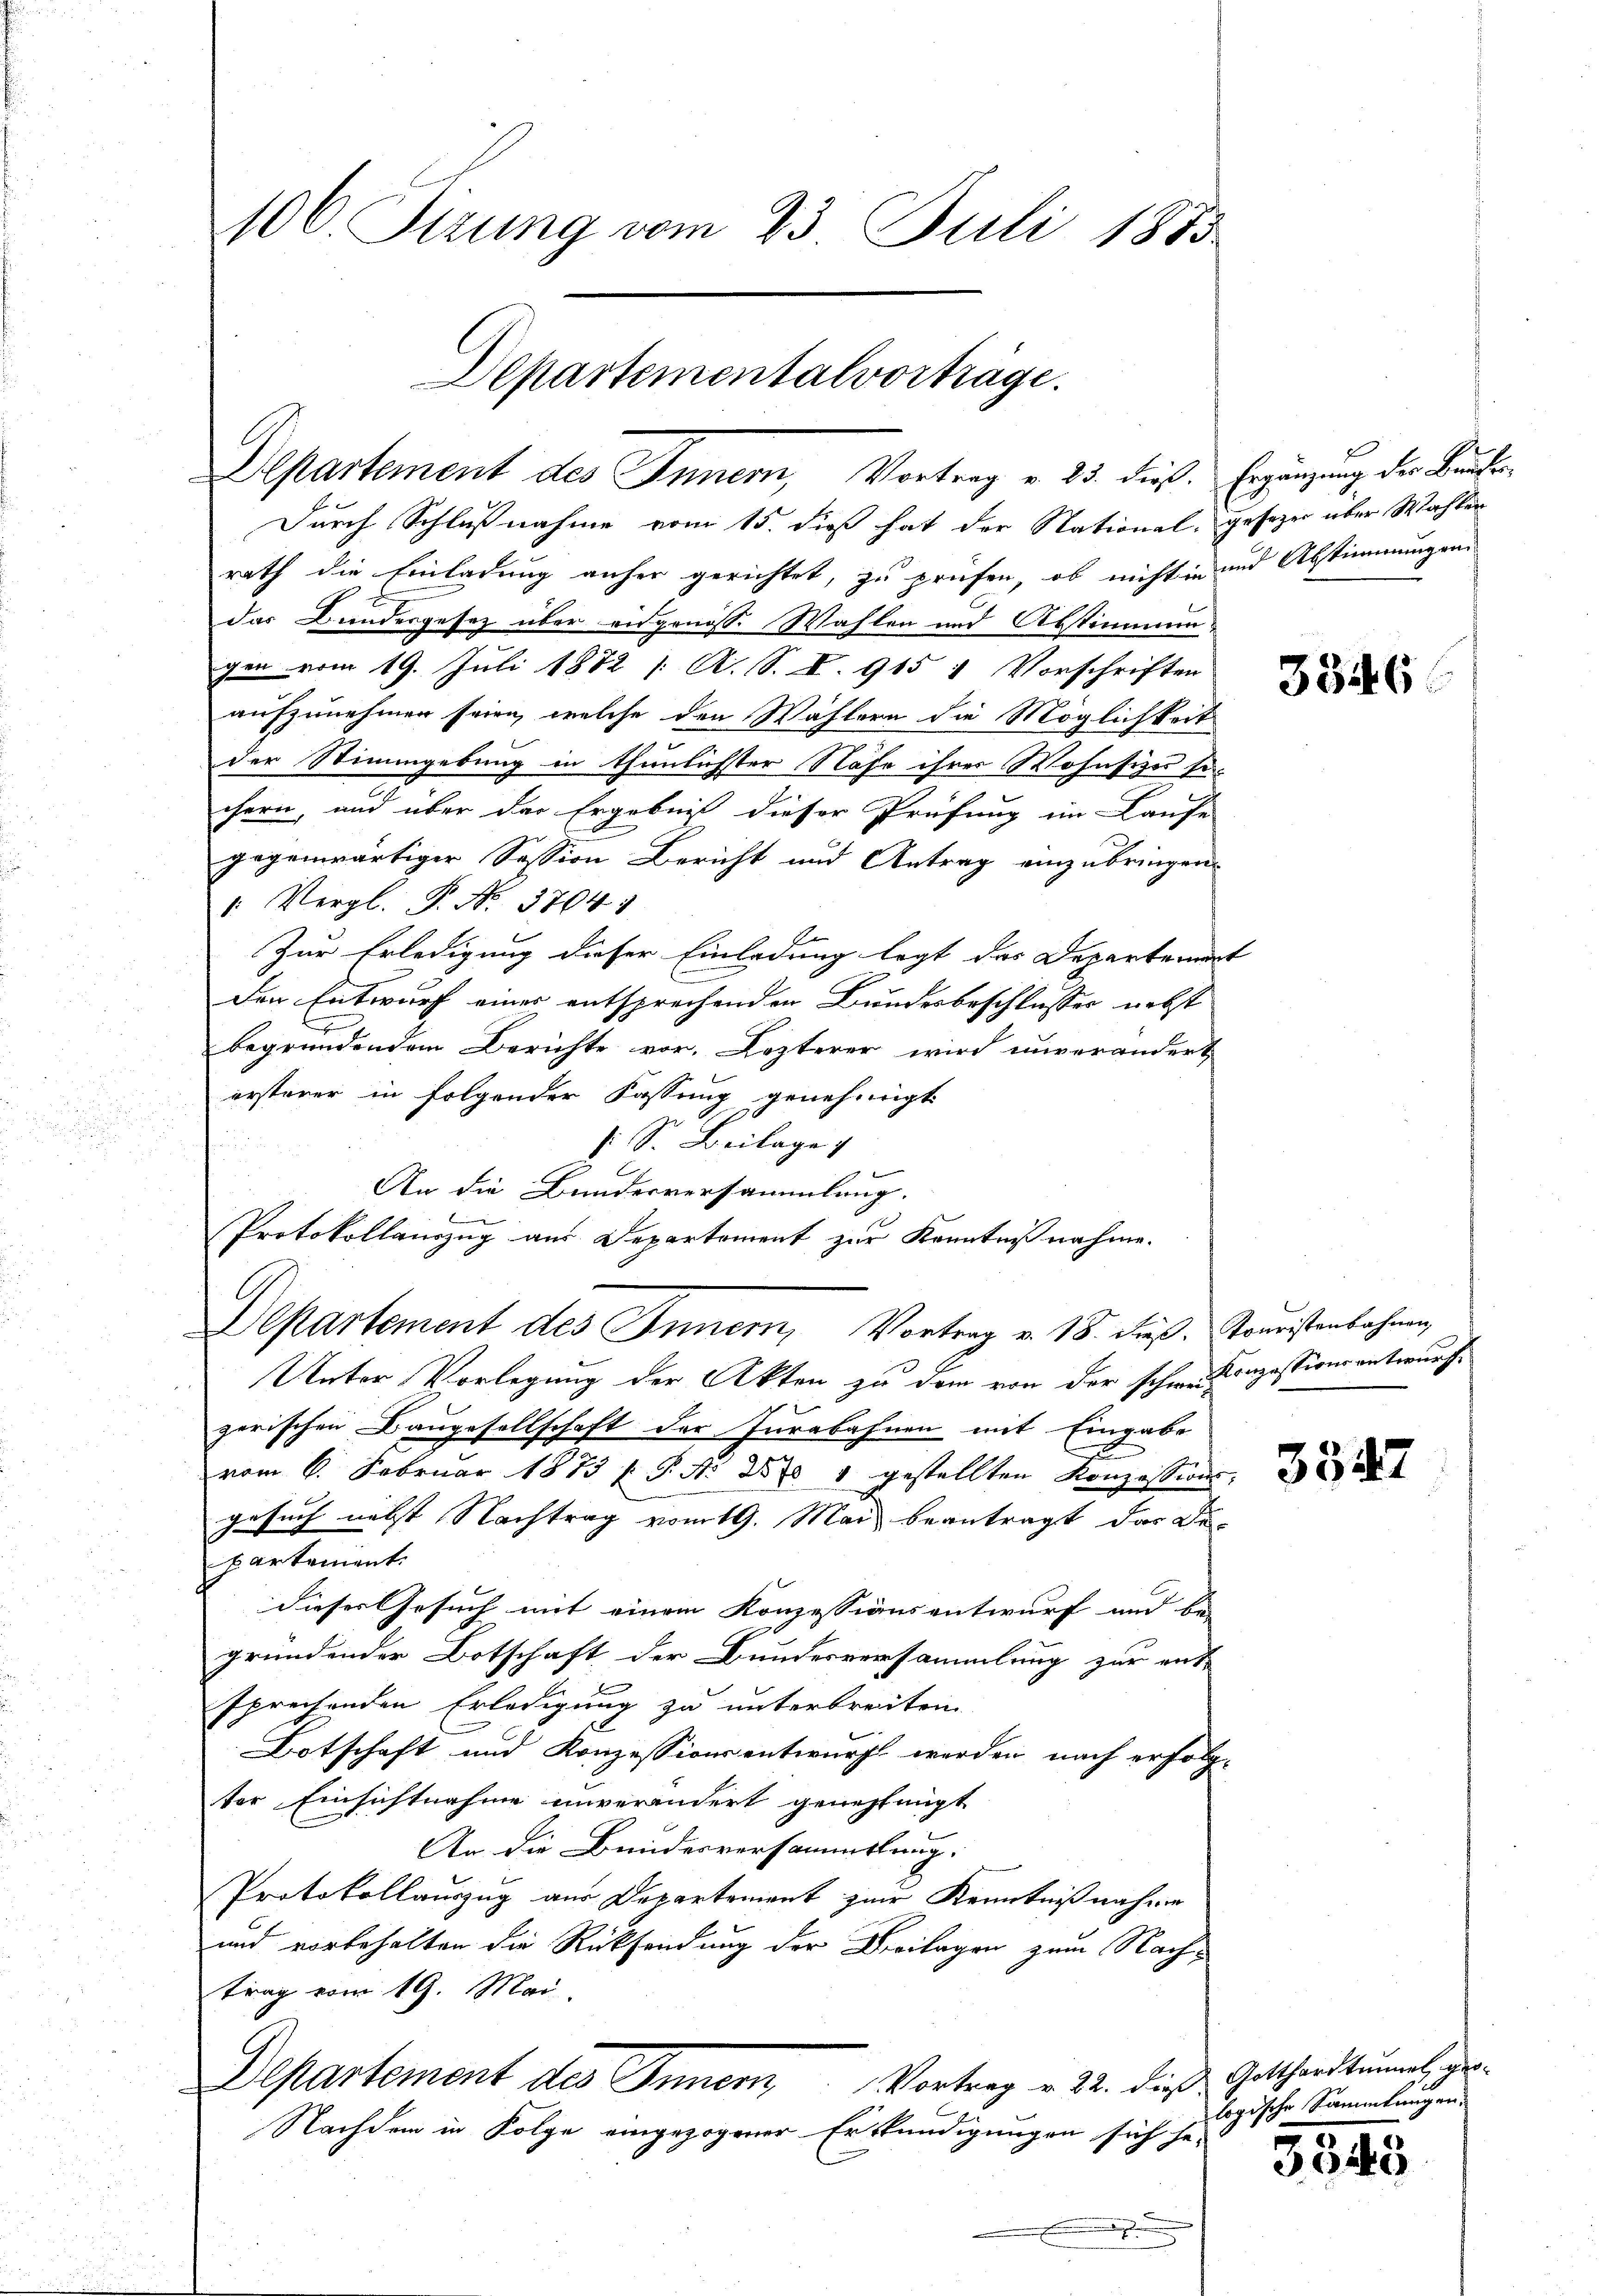
106. Pirung vom 23. Juli 1883

Departementalvorträge.
Departement des Innern, Vortrag v. 25. dieß. Ergänzung der Baude

Durch Schlußnahme vom 15. dieß hat der National, gesezer über Wahlen
rath die Einladung anher gerichtet, zu prüfen, ob nicht in und Abstimmungen
das Bundesgesez über angenoss. Wahlen und Abstimmungen vom 19. Juli 1882 /: A. S. S. 915 1 Vorschriften
aufzunehmen seien, welche den Wählern die Möglichkeit
der Stimmgebung in thunlichter Nahe ihrer Wohnsizer se
chern, und über der Ergebniß dieser Prüfung im Laufe
gegenwärtiger Session Bericht und Antrag einzubringen.
1: Vergl. P. No. 37641
Zur Erledigung dieser Einladung legt das Departemen
Den Entwurf einer entsprechenden Bundesbeschlusser nebst
begründendem Berichte vor. Lezterer wird unverändert
ersterer in folgender Fassung genehmigt.
s. S. Beilage
An die Bundesversammlung.
Protokollauszug aus Departement zur Kenntnißnahme.
Unter Vorlegung der Akten zu dem von der schon Konzessionsantwurf.
zerischen Baugesellschaft der Jurabahnen mit Eingabe
vom 6. Februar 1873 f. P. Nr. 270 " gestellten Konzessions-
gesuch nebst Nachtrag vom 19. Mai beantragt, das De-
partement.
dieser Gesuch mit einem Konzessionsentwurf und bei
gründender Botschaft der Bundesversammlung zur ent-
sprechenden Erledigung zu unterbreiten.
Botschaft und Konzessionsentwurf werden nach erfolg-
ter Einsichtnahme unverändert genehmigt
An die Bundesversammlung.
Protokollauszug aus Departement zur Kenntnißnahme
und vorbehalten die Rücksendung der Beilagen zum Nach-
trag vom 19. Mai.
Departement des Innern Vortrag v. 22. dieß Gotthardtumes ge¬
Nachdem in Folge eingezogener Erkundigungen sich he-
.

Departement des Inner, Vortrag v. 18. dieß. Kommistenbahnen

3346

3342

logische Sammlungen.
2

3045